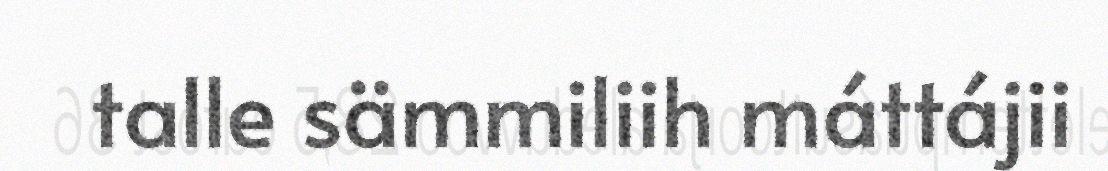
talle sämmiliih máttájii